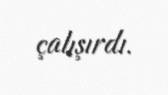
çalışırdı.